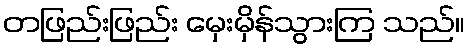
တဖြည်းဖြည်း မှေးမှိန်သွားကြ သည်။